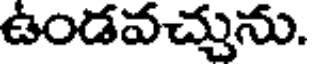
ఉండవచ్చును.